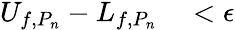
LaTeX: \begin{array}{rl}{U_{f,P_{n}}-L_{f,P_{n}}}&{{}<\epsilon}\end{array}